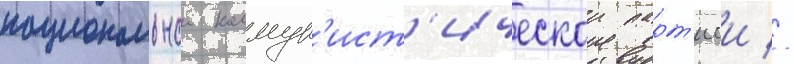
национальнои коммун'ист'ическои парт'иеи //